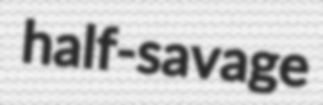
half-savage